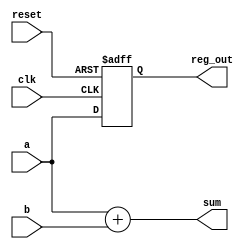
module example(
    input wire clk,                // Clock signal
    input wire reset,              // Asynchronous reset
    input wire [3:0] a,           // 4-bit input 'a'
    input wire [3:0] b,           // 4-bit input 'b'
    output reg [4:0] sum,         // 5-bit output for the sum
    output reg [3:0] reg_out      // 4-bit output for the registered output
);

// Combinational Logic: Always block using @*
always @* begin
    // Dependency on inputs a and b
    sum = a + b; // Continuous calculation of the sum
end

// Sequential Logic: Always block triggered on positive edge of clk
always @(posedge clk or posedge reset) begin
    if (reset) begin
        reg_out <= 4'b0000; // Reset output register to zero
    end else begin
        reg_out <= a; // Update reg_out with input 'a' on each clock cycle
    end
end

endmodule